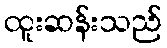
ထူးဆန်းသည်